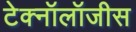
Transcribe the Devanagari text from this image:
टेक्नॉलॉजीस